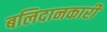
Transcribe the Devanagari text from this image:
बलिदानकारी